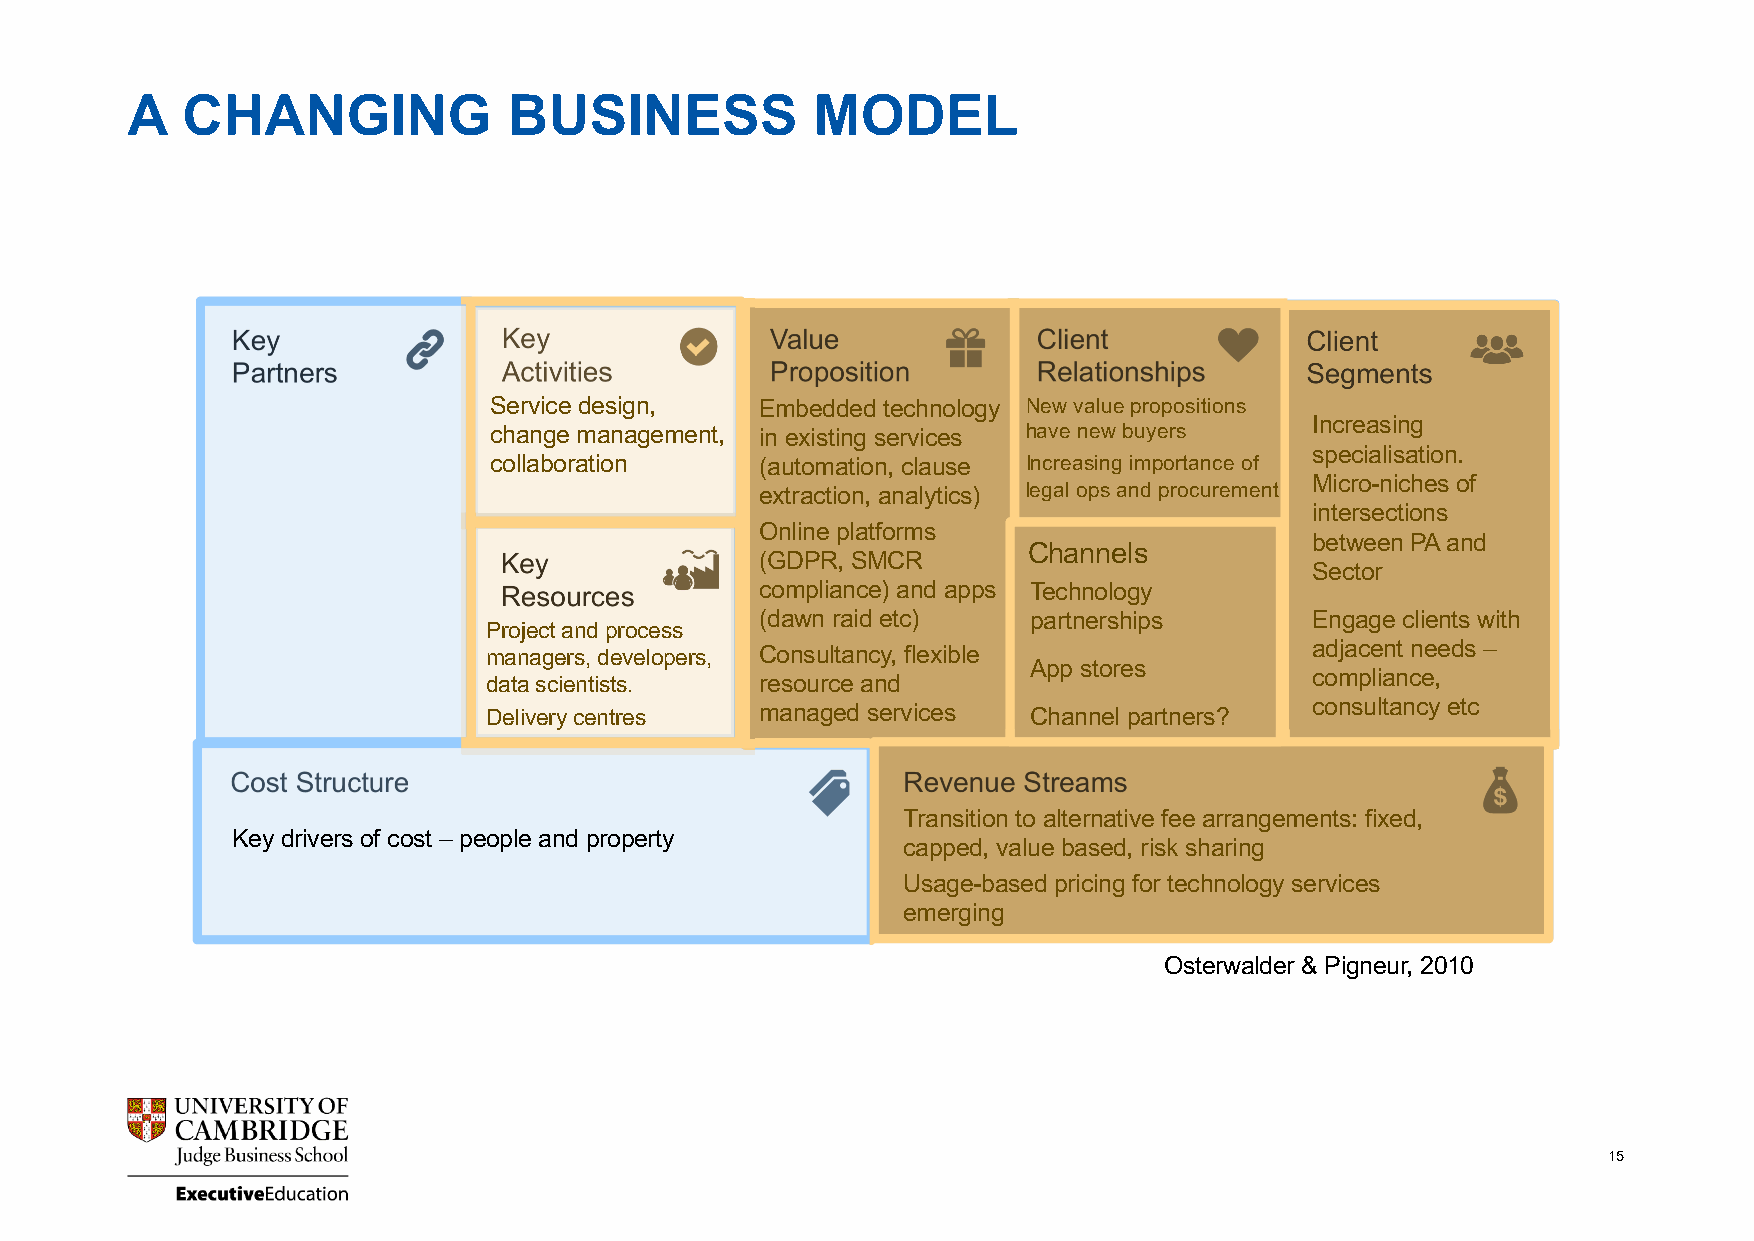
A   CHANGING              BUSINESS            MODEL
 Service design,   Embedded technology New value propositions
 Research, drafting, Predominantly   Key client
 Increasing
 change management, in existing services have new buyers Primarily
 negotiation, advising, bespoke legal services programmes for
 specialisation.
 collaboration     (automation, clause Increasing importance of businesses
 project management (advice, transactions, high value clients
 Micro-niches of
 extraction, analytics) legal ops and procurement
 litigation).
 inOteftresne csteiognms ented
 Online platforms
 bbeytw inedeuns PtrAy and
 (S Go Dm Pe
 R
 m
 ,
 Sor Me
 CR
 CChhaannnneelsls
 Sseecctotorr, geography
 standardised offerings
 compliance) and apps TFeicrmhn oorlo pgrya ctice and organisation
 Project and process
 ( Td ya pw icn
 a
 lr la yi d
 d
 ee vtc e)
 loped on
 pgarrotnuepr mshaiprkseting E sn ig zeage clients with
 managers, developers, Ca oPnAs ublatasniscy, flexible  adjacent needs –
 ASpaple sst oprreimsarily
 data scientists.  resource and                         compliance,
 partner-led
 Delivery centres  managed services  Channel partners?  consultancy etc
 Transition to alternative fee arrangements: fixed,
 Traditionally dominated by hourly rate billing
 Key drivers of cost – people and property
 capped, value based, risk sharing
 TUyspaigcael-lbya “sceods tp prliucisn”g for technology services
 emerging
 Osterwalder & Pigneur, 2010
 15